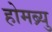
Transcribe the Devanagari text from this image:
होमब्र्यु